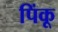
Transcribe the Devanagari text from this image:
पिंकू